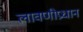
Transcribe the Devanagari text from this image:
लावणीप्रधान